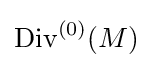
\mathrm {Div} ^{(0)}(M)